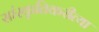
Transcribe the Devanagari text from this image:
सांस्कृतिकरीत्या